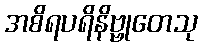
အစိရပရိနိဗ္ဗုတေသု